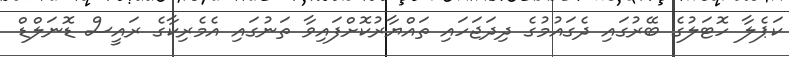
ކަޕެލާ ހޮޓަލުގެ ބޭރުގައި ދެގައުމުގެ ދިދަޖަހައި ތައްޔާރުކޮށްފައިވާ ތަނުގައި އެމެރިކާގެ ރައީސް ޑޮނަލްޑް